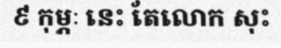
៩ កុម្ភៈ នេះ តែលោក សុះ